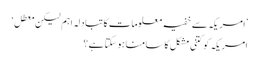
’امریکہ سے خفیہ معلومات کا تبادلہ اہم لیکن معطل‘
امریکہ کو کتنی مشکل کا سامنا ہو سکتا ہے؟